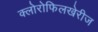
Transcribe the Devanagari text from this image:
क्लोरोफिलखेरीज